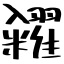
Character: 糴